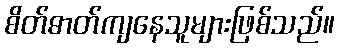
စိတ်ဓာတ်ကျနေသူများဖြစ်သည်။